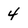
Character: 4